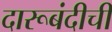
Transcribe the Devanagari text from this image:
दारूबंदीची